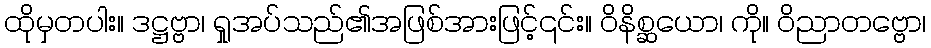
ထိုမှတပါး။ ဒဋ္ဌဗ္ဗာ၊ ရှုအပ်သည်၏အဖြစ်အားဖြင့်၎င်း။ ဝိနိစ္ဆယော၊ ကို။ ဝိညာတဗ္ဗော၊